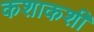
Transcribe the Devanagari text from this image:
कशाकशी